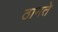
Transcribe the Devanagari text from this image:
ठानते